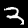
Digit: 3